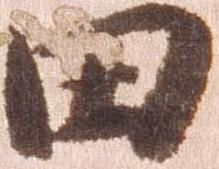
田